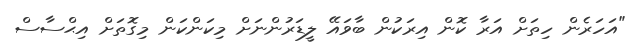
"އަހަރެން ހިތަށް އަރާ ކޮން އިރަކުން ބާވައޭ ލީޑަރުންނަށް މިކަންކަން މިގޮތަށް އިޙްސާސް